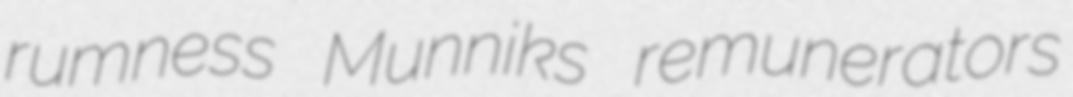
rumness Munniks remunerators